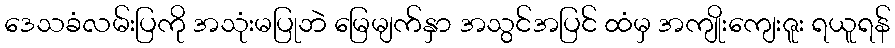
ဒေသခံလမ်းပြကို အသုံးမပြုဘဲ မြေမျက်နှာ အသွင်အပြင် ထံမှ အကျိုးကျေးဇူး ရယူရန်